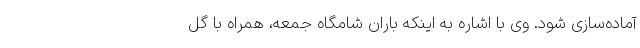
آماده‌سازی شود. وی با اشاره به اینکه باران شامگاه جمعه، همراه با گل